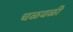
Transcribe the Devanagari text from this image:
चळवळीं